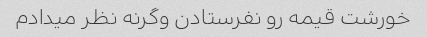
خورشت قیمه رو نفرستادن وگرنه نظر میدادم